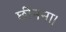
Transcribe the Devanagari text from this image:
छीनना।